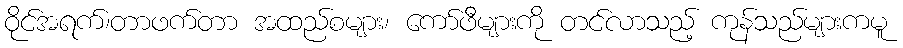
ဝိုင်အရက်၊တာဖက်တာ အထည်စများ၊ ကော်ဖီများကို တင်လာသည့် ကုန်သည်များကမူ